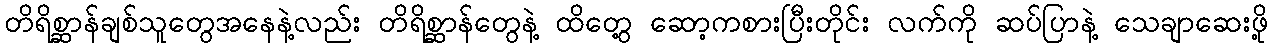
တိရိစ္ဆာန်ချစ်သူတွေအနေနဲ့လည်း တိရိစ္ဆာန်တွေနဲ့ ထိတွေ့ ဆော့ကစားပြီးတိုင်း လက်ကို ဆပ်ပြာနဲ့ သေချာဆေးဖို့